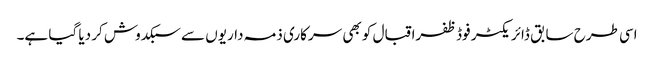
اسی طرح سابق ڈائریکٹر فوڈ ظفراقبال کو بھی سرکاری ذمہ داریوں سے سبکدوش کر دیا گیا ہے۔